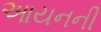
આયનની